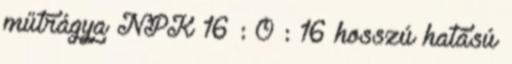
műtrágya NPK 16 : 0 : 16 hosszú hatású